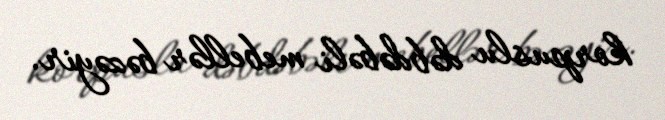
korpuslu dəbdəbəli mebellər bəzəyir.